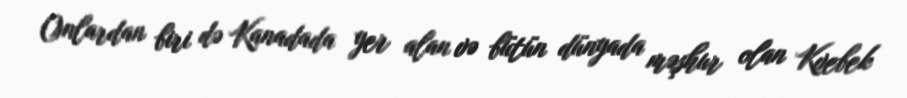
Onlardan biri də Kanadada yer alan və bütün dünyada məşhur olan Kvebek